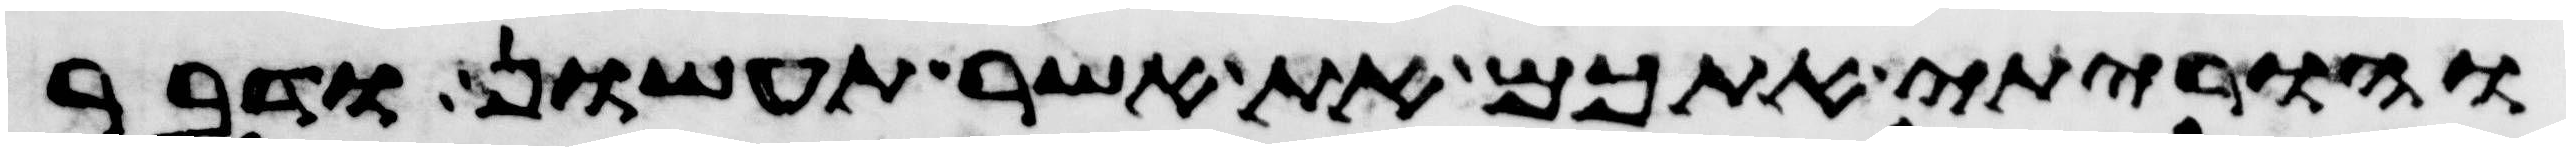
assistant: והוריתי אתכם את אשר תעשון ודבר